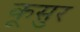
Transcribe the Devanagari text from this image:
कूसुर